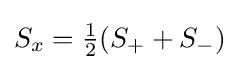
{\textstyle S_{x}={\frac {1}{2}}(S_{+}+S_{-})}